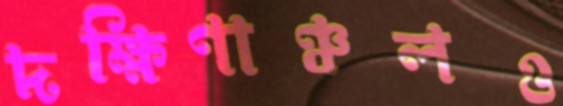
দক্ষিণাঞ্চলও